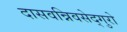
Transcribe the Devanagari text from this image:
दासवन्निवसेद्गुरो